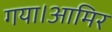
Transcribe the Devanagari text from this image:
गया।आमिर